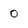
Character: O